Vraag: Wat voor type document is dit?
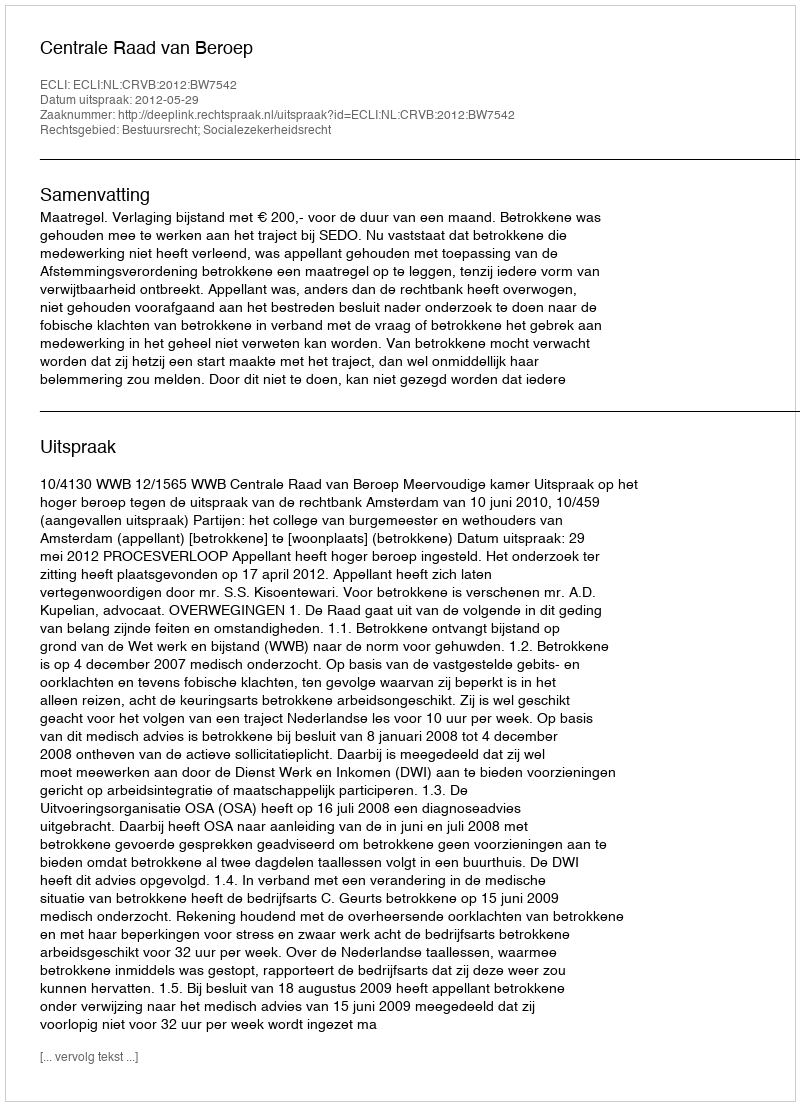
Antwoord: Uitspraak